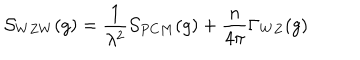
LaTeX: { \cal S } _ { W Z W } ( g ) = { \frac { 1 } { \lambda ^ { 2 } } } { \cal S } _ { P C M } ( g ) + { \frac { n } { 4 \pi } } \Gamma _ { W Z } ( g )